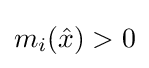
m_{i}({\hat {x}})>0